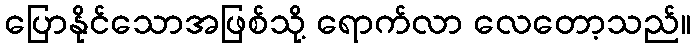
ပြောနိုင်သောအဖြစ်သို့ ရောက်လာ လေတော့သည်။